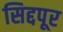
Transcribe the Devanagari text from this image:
सिद्दपूर